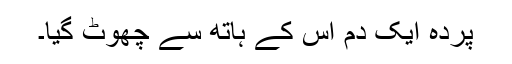
پردہ ایک دم اس کے ہاتھ سے چھوٹ گیا۔